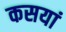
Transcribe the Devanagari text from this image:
कसयां